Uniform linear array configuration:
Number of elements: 24
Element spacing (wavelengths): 0.75
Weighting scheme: uniform
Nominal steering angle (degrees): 60
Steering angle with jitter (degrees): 60.774
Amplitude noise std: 0.05
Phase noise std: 0.05

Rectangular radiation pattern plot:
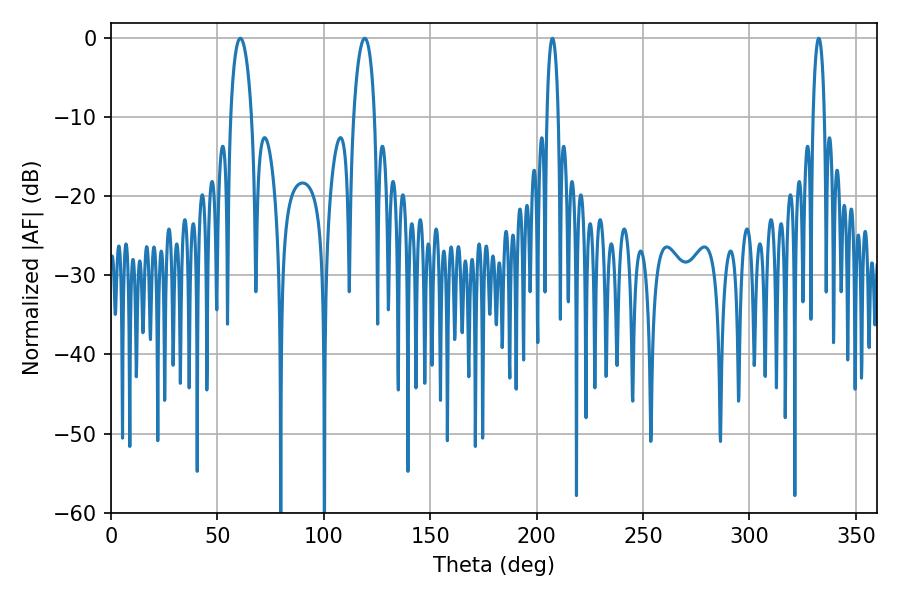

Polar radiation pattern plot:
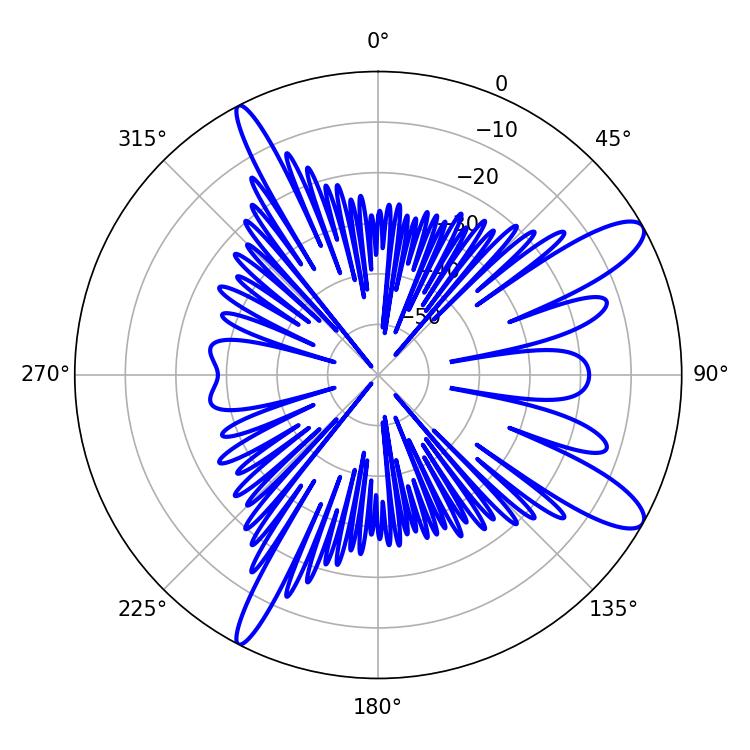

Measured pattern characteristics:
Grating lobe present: TRUE
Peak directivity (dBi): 11.542
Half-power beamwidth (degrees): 5.58
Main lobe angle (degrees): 119.16